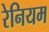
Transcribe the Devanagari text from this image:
रेनियम